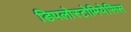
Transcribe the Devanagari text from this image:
डिपलोस्टोमियेसिस